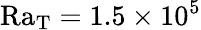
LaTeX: \mathrm{Ra_{T}}=1.5\times 10^{5}